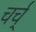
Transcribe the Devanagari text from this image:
चर्च्